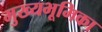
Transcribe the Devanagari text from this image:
मुख्यभूमिका